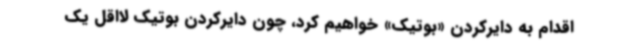
اقدام به دایرکردن «بوتیک» خواهیم کرد، چون دایرکردن بوتیک لااقل یک